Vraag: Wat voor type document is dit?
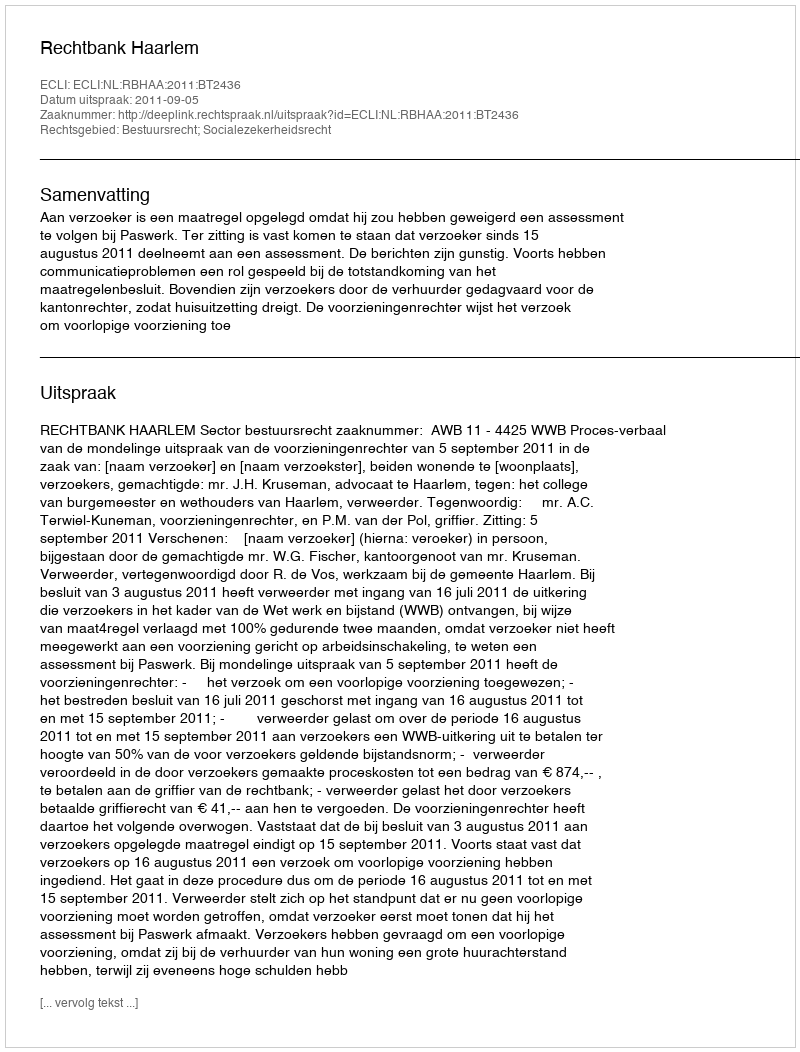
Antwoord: Uitspraak